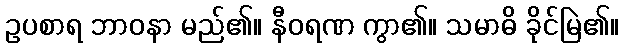
ဥပစာရ ဘာဝနာ မည်၏။ နီဝရဏ ကွာ၏။ သမာဓိ ခိုင်မြဲ၏။